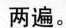
两遍。